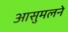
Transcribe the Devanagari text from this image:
आसुमलने